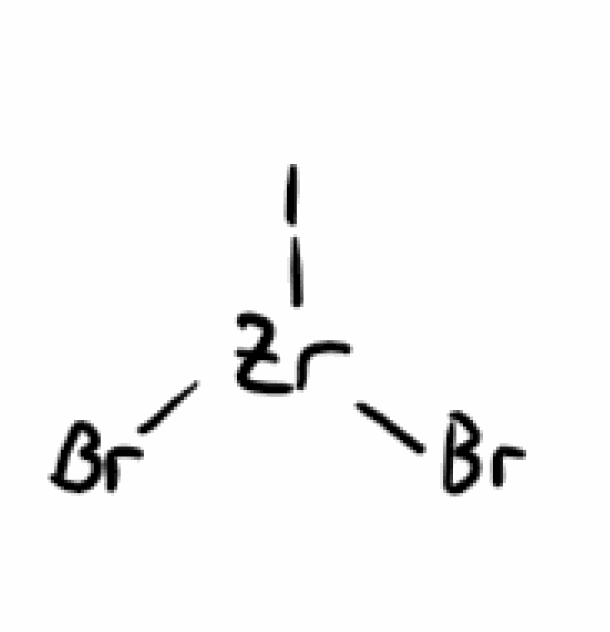
Simplified molecular-input line-entry system (SMILES) notation of the given molecule:
Br[Zr](Br)I